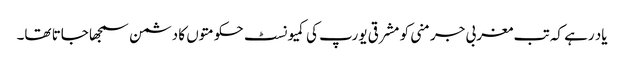
یاد رہے کہ تب مغربی جرمنی کو مشرقی یورپ کی کمیونسٹ حکومتوں کا دشمن سمجھا جاتا تھا۔